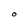
Character: O